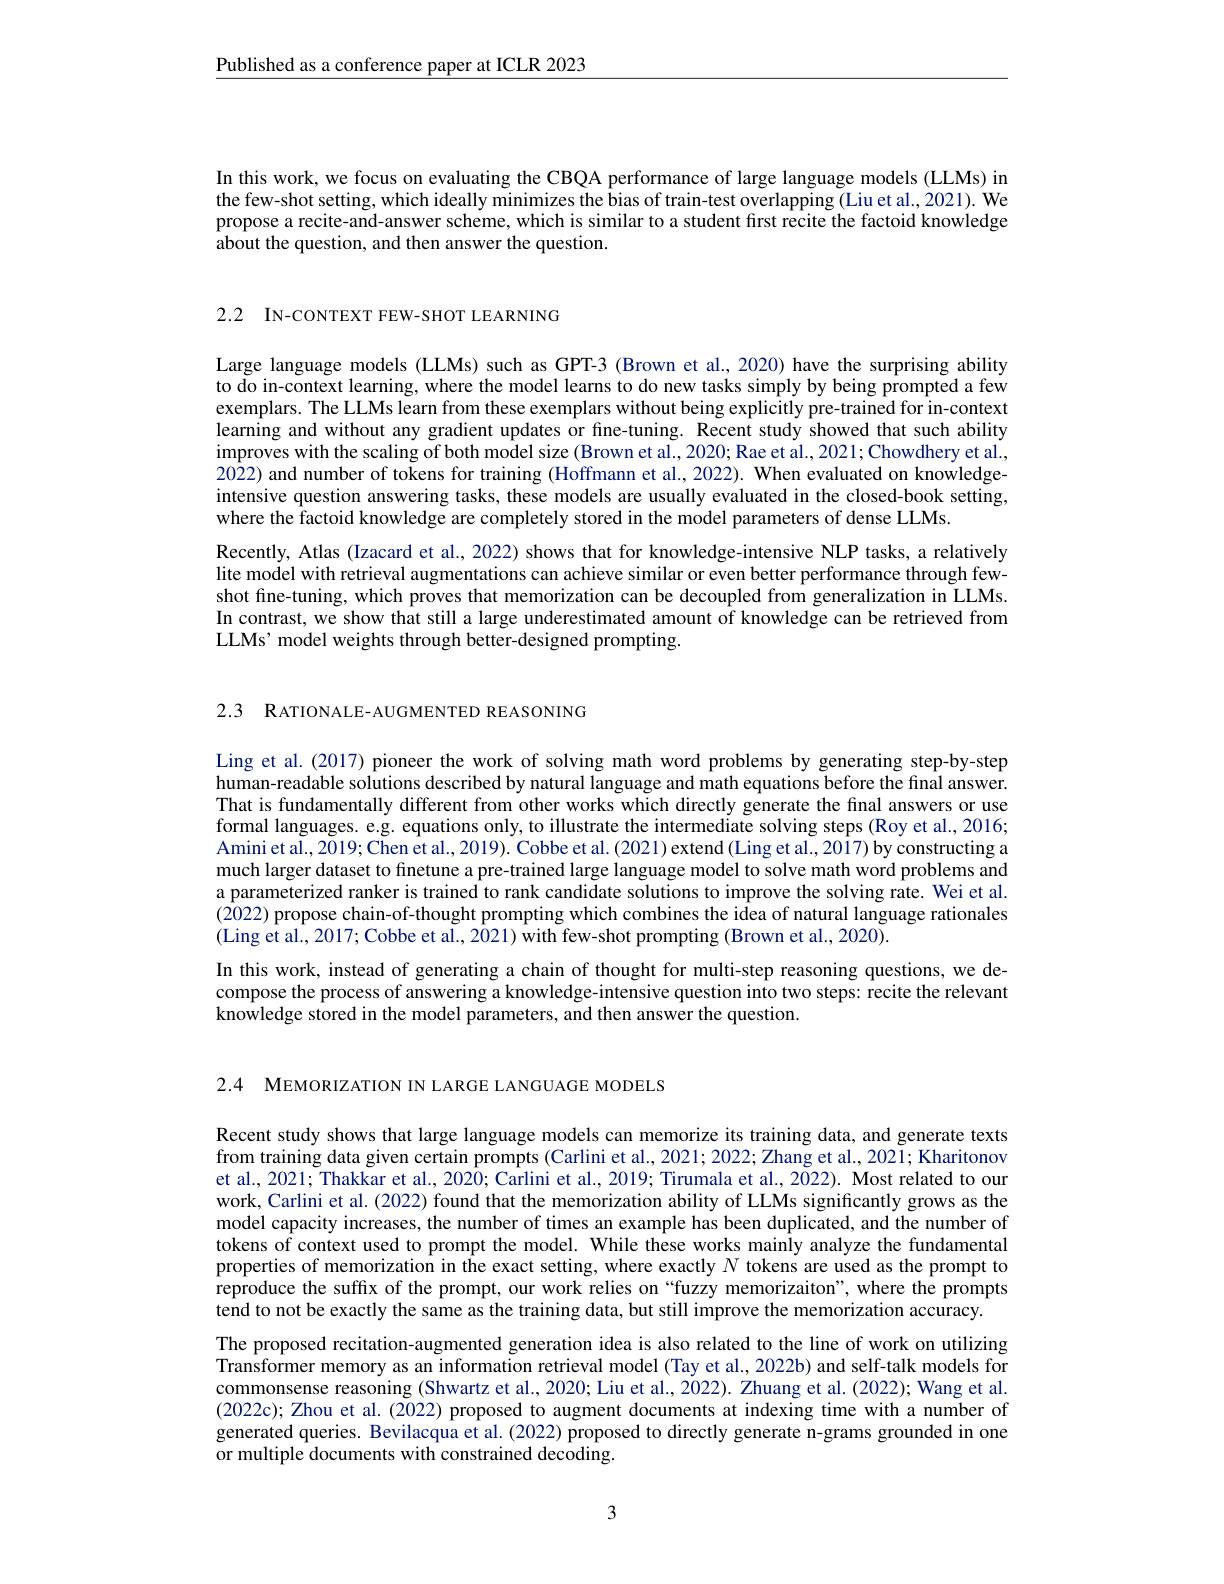
$\underline{\text{Published as a conference paper at ICLR 2023}}$

In this work, we focus on evaluating the CBQA performance of large language models (LLMs) in the few-shot setting, which ideally minimizes the bias of train-test overlapping (Liu et al., 2021). We propose a recite-and-answer scheme, which is similar to a student first recite the factoid knowledge about the question, and then answer the question.

2.2 IN-CONTEXT FEW-SHOT LEARNING

Large language models (LLMs) such as GPT-3 (Brown et al., 2020) have the surprising ability to do in-context learning, where the model learns to do new tasks simply by being prompted a few exemplars. The LLMs learn from these exemplars without being explicitly pre-trained for in-context learning and without any gradient updates or fine-tuning. Recent study showed that such ability improves with the scaling of both model size (Brown et al., 2020; Rae et al., 2021; Chowdhery et al., $20\hat{2}2)$ and number of tokens for training (Hoffmann et al., 2022). When evaluated on knowledgeintensive question answering tasks, these models are usually evaluated in the closed-book setting, where the factoid knowledge are completely stored in the model parameters of dense LLMs
Recently, Atlas (Izacard et al., 2022) shows that for knowledge-intensive NLP tasks, a relatively lite model with retrieval augmentations can achieve similar or even better performance through fewshot fine-tuning, which proves that memorization can be decoupled from generalization in LLMs In contrast, we show that still a large underestimated amount of knowledge can be retrieved from LLMs' model weights through better-designed prompting.

2.3 RATIONALE-AUGMENTED REASONING

Ling et al. (2017) pioneer the work of solving math word problems by generating step-by-step human-readable solutions described by natural language and math equations before the final answer. That is fundamentally different from other works which directly generate the final answers or use formal languages. e.g. equations only, to illustrate the intermediate solving steps (Roy et al., 2016; Amini et al., 2019; Chen et al., 2019). Cobbe et al. (2021) extend (Ling et al., 2017) by constructing a much larger dataset to finetune a pre-trained large language model to solve math word problems and a parameterized ranker is trained to rank candidate solutions to improve the solving rate. Wei et al. (2022) propose chain-of-thought prompting which combines the idea of natural language rationales (Ling et al., 2017; Cobbe et al., 2021) with few-shot prompting (Brown et al., 2020).
In this work, instead of generating a chain of thought for multi-step reasoning questions, we decompose the process of answering a knowledge-intensive question into two steps: recite the relevant knowledge stored in the model parameters, and then answer the question.

2.4 MEMORIZATION IN LARGE LANGUAGE MODELS

Recent study shows that large language models can memorize its training data, and generate texts from training data given certain prompts (Carlini et al., 2021; 2022; Zhang et al., 2021; Kharitonov et al., 2021; Thakkar et al., 2020; Carlini et al., 2019; Tirumala et al., 2022). Most related to our work, Carlini et al. (2022) found that the memorization ability of LLMs significantly grows as the model capacity increases, the number of times an example has been duplicated, and the number of tokens of context used to prompt the model. While these works mainly analyze the fundamental properties of memorization in the exact setting, where exactly $N$ tokens are used as the prompt to reproduce the suffix of the prompt, our work relies on“fuzzy memorizaiton”, where the prompts tend to not be exactly the same as the training data, but still improve the memorization accuracy.
The proposed recitation-augmented generation idea is also related to the line of work on utilizing Transformer memory as an information retrieval model (Tay et al., 2022b) and self-talk models for commonsense reasoning (Shwartz et al., 2020; Liu et al., 2022). Zhuang et al. (2022); Wang et al. (2022c); Zhou et al. (2022) proposed to augment documents at indexing time with a number of generated queries. Bevilacqua et al. (2022) proposed to directly generate n-grams grounded in one or multiple documents with constrained decoding.

3